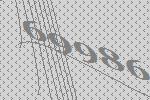
69986